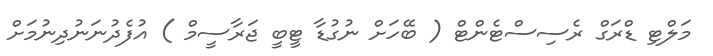
މަލްޓި ޑްރަގް ރެސިސްޓެންޓް ( ބޭހަށް ނުގުޑާ ޓީބީ ޖަރާސީމް ) އުފެދުނަނުދިނުމަށް